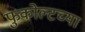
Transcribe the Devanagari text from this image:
फुकोल्टच्या